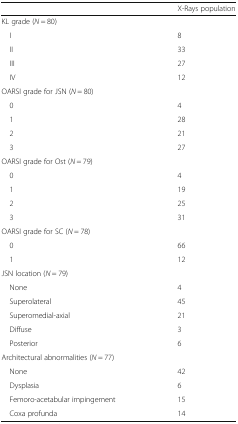
|  | X-Rays population |
 | --- | --- |
 | <COLSPAN=2> KL grade (N = 80) |
 | I | 8 |
 | II | 33 |
 | III | 27 |
 | IV | 12 |
 | <COLSPAN=2> OARSI grade for JSN (N = 80) |
 | 0 | 4 |
 | 1 | 28 |
 | 2 | 21 |
 | 3 | 27 |
 | <COLSPAN=2> OARSI grade for Ost (N = 79) |
 | 0 | 4 |
 | 1 | 19 |
 | 2 | 25 |
 | 3 | 31 |
 | <COLSPAN=2> OARSI grade for SC (N = 78) |
 | 0 | 66 |
 | 1 | 12 |
 | <COLSPAN=2> JSN location (N = 79) |
 | None | 4 |
 | Superolateral | 45 |
 | Superomedial-axial | 21 |
 | Diffuse | 3 |
 | Posterior | 6 |
 | <COLSPAN=2> Architectural abnormalities (N = 77) |
 | None | 42 |
 | Dysplasia | 6 |
 | Femoro-acetabular impingement | 15 |
 | Coxa profunda | 14 |